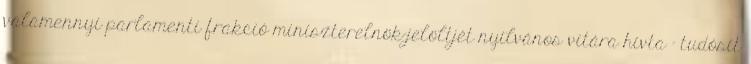
valamennyi parlamenti frakció miniszterelnök-jelöltjét nyilvános vitára hívta – tudósít